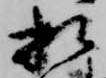
相